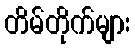
တိမ်တိုက်များ